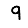
Digit: 9